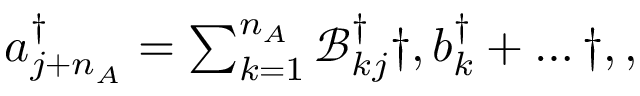
\begin{array} { r } { a _ { j + n _ { A } } ^ { \dagger } = \sum _ { k = 1 } ^ { n _ { A } } \mathcal { B } _ { k j } ^ { \dagger } \dag , b _ { k } ^ { \dagger } + \hdots \dag , , } \end{array}